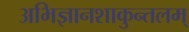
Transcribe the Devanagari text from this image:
अभिज्ञानशाकुन्तलम्‌